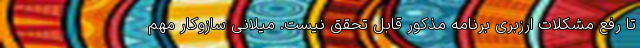
تا رفع مشکلات ارزبری برنامه مذکور قابل تحقق نیست. میلانی سازوکار مهم